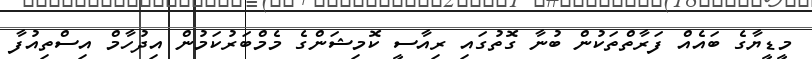
މީޑީޔާގެ ބައެއް ފަރާތްތަކުން ބުނާ ގޮތުގައި ރިއާސީ ކޮމިޝަންގެ މެމްބަރުކަމުން އިދުހާމް އިސްތިއުފާ